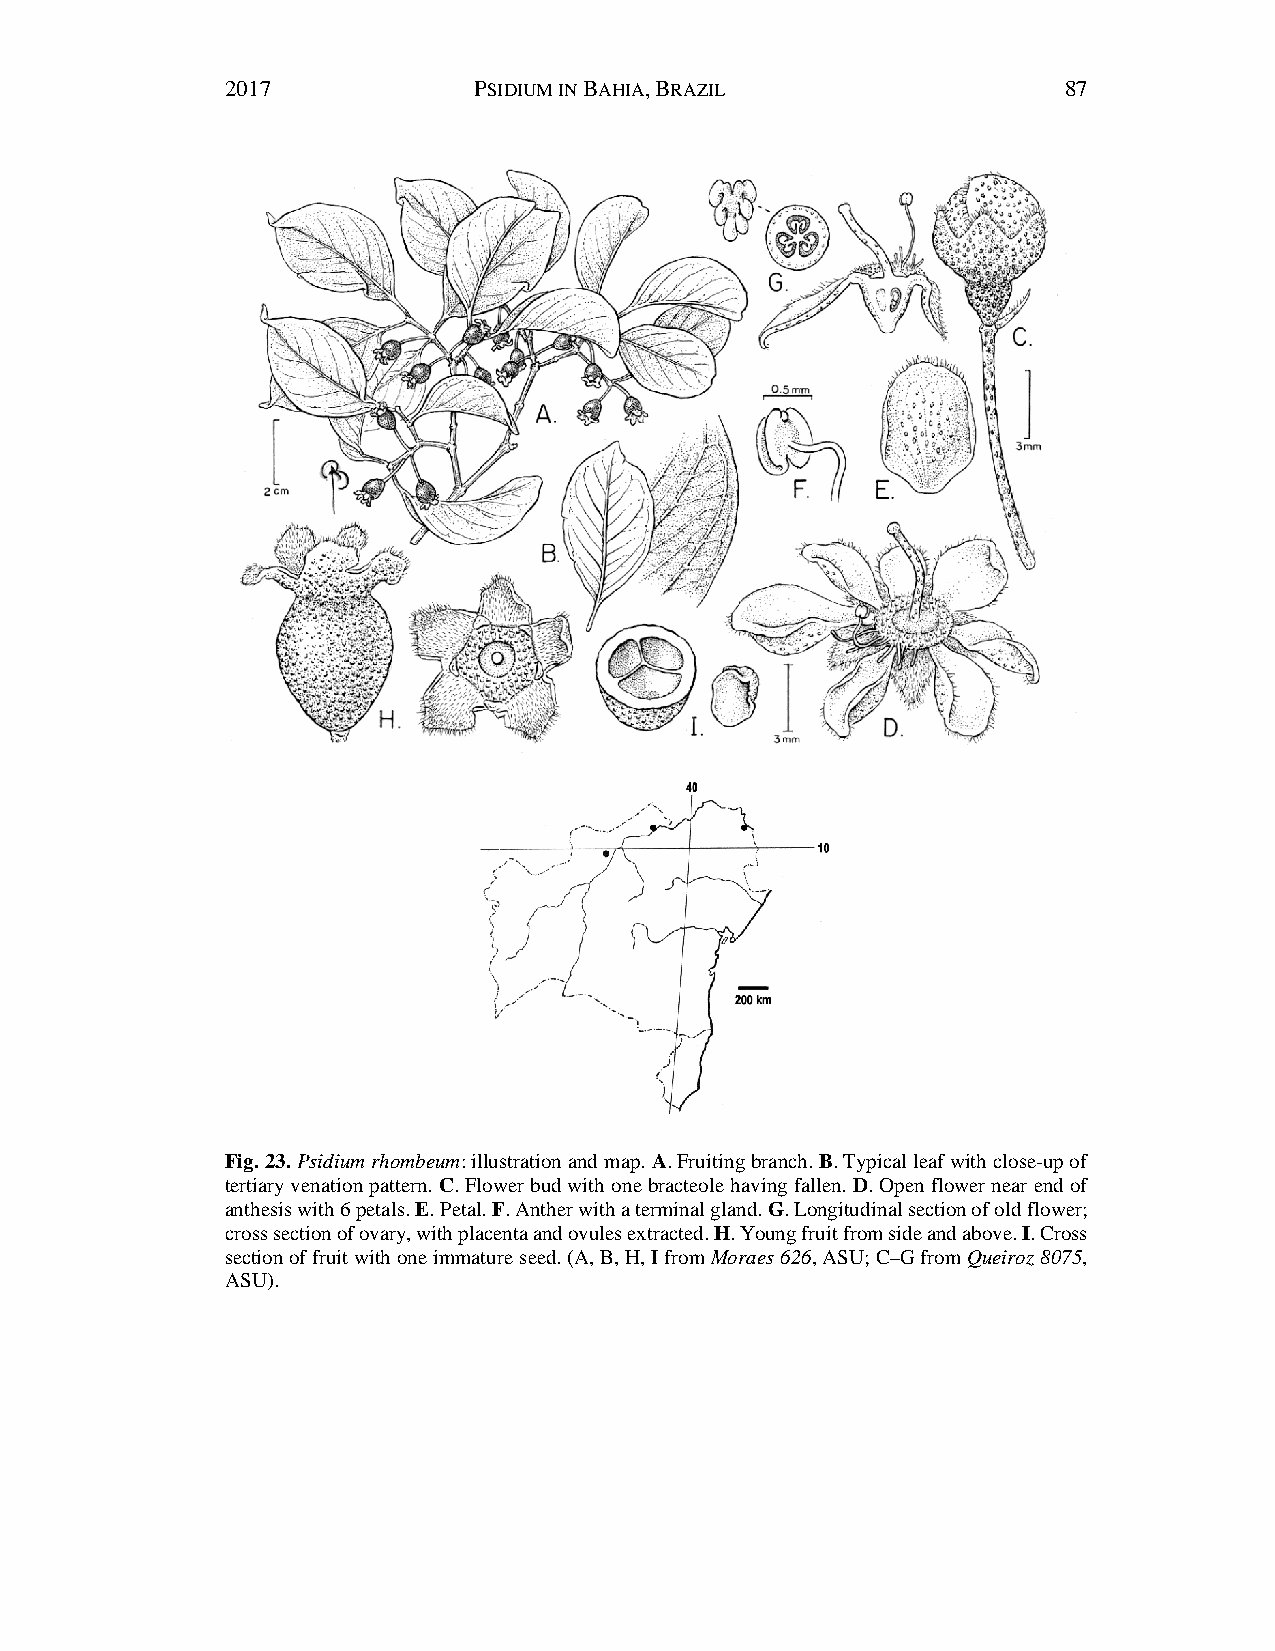
2017            PSIDIUM IN BAHIA, BRAZIL               87
 Fig. 23. Psidium rhombeum: illustration and map. A. Fruiting branch. B. Typical leaf with close-up of
 tertiary venation pattern. C. Flower bud with one bracteole having fallen. D. Open flower near end of
 anthesis with 6 petals. E. Petal. F. Anther with a terminal gland. G. Longitudinal section of old flower;
 cross section of ovary, with placenta and ovules extracted. H. Young fruit from side and above. I. Cross
 section of fruit with one immature seed. (A, B, H, I from Moraes 626, ASU; C–G from Queiroz 8075,
 ASU).